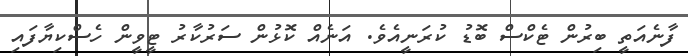
ފާނެއަތީ ބިރުން ޓެކްސް ބޮޑު ކުރަނީއެވެ. އަނެއް ކޮޅުން ސަރުކާރު ޓީވީން ހެސްކިޔާފައި